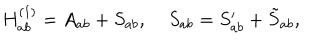
H _ { a b } ^ { ( 1 ) } = A _ { a b } + S _ { a b } , \; S _ { a b } = S _ { a b } ^ { \prime } + \tilde { S } _ { a b } ,